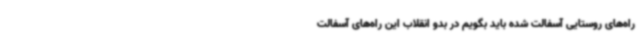
راه‌های روستایی آسفالت شده باید بگویم در بدو انقلاب این راه‌های آسفالت